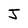
Character: J